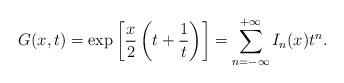
LaTeX: \begin{align*}G(x,t) = \exp \left[ \frac{x}{2} \left( t + \frac{1}{t} \right)\right] = \sum_{n=-\infty}^{+\infty} I_n(x) t^n .\end{align*}